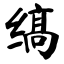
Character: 缟